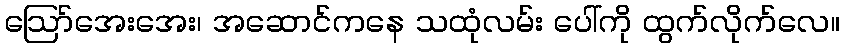
ဪအေးအေး၊ အဆောင်ကနေ သထုံလမ်း ပေါ်ကို ထွက်လိုက်လေ။